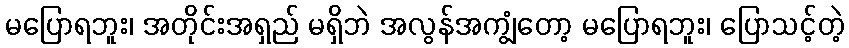
မပြောရဘူး၊ အတိုင်းအရှည် မရှိဘဲ အလွန်အကျွံတော့ မပြောရဘူး၊ ပြောသင့်တဲ့